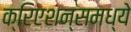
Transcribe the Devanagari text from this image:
क्रिएशन्समध्ये